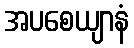
အပစေယျာနံ